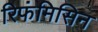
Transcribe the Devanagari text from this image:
रिफंमिसिन